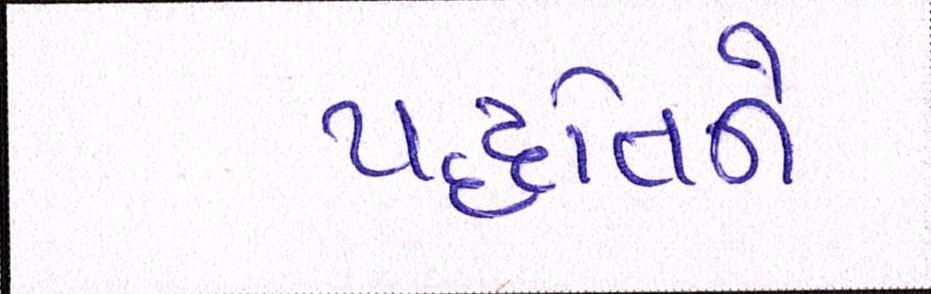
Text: પદ્ધતિને